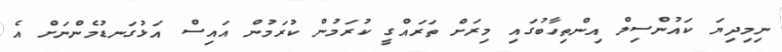
ނިމިދިޔަ ކައުންސިލް އިންތިހާބުގައި މިރަށް ތަރައްގީ ކުރަމުން ކުރަމުން އައިސް އަޅުގަނޑުމެންނަށް އެ